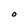
Character: O